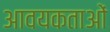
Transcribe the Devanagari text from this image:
आवयकताओं